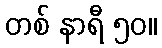
တစ် နာရီ ၅၀။